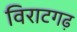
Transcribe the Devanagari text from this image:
विराटगढ़